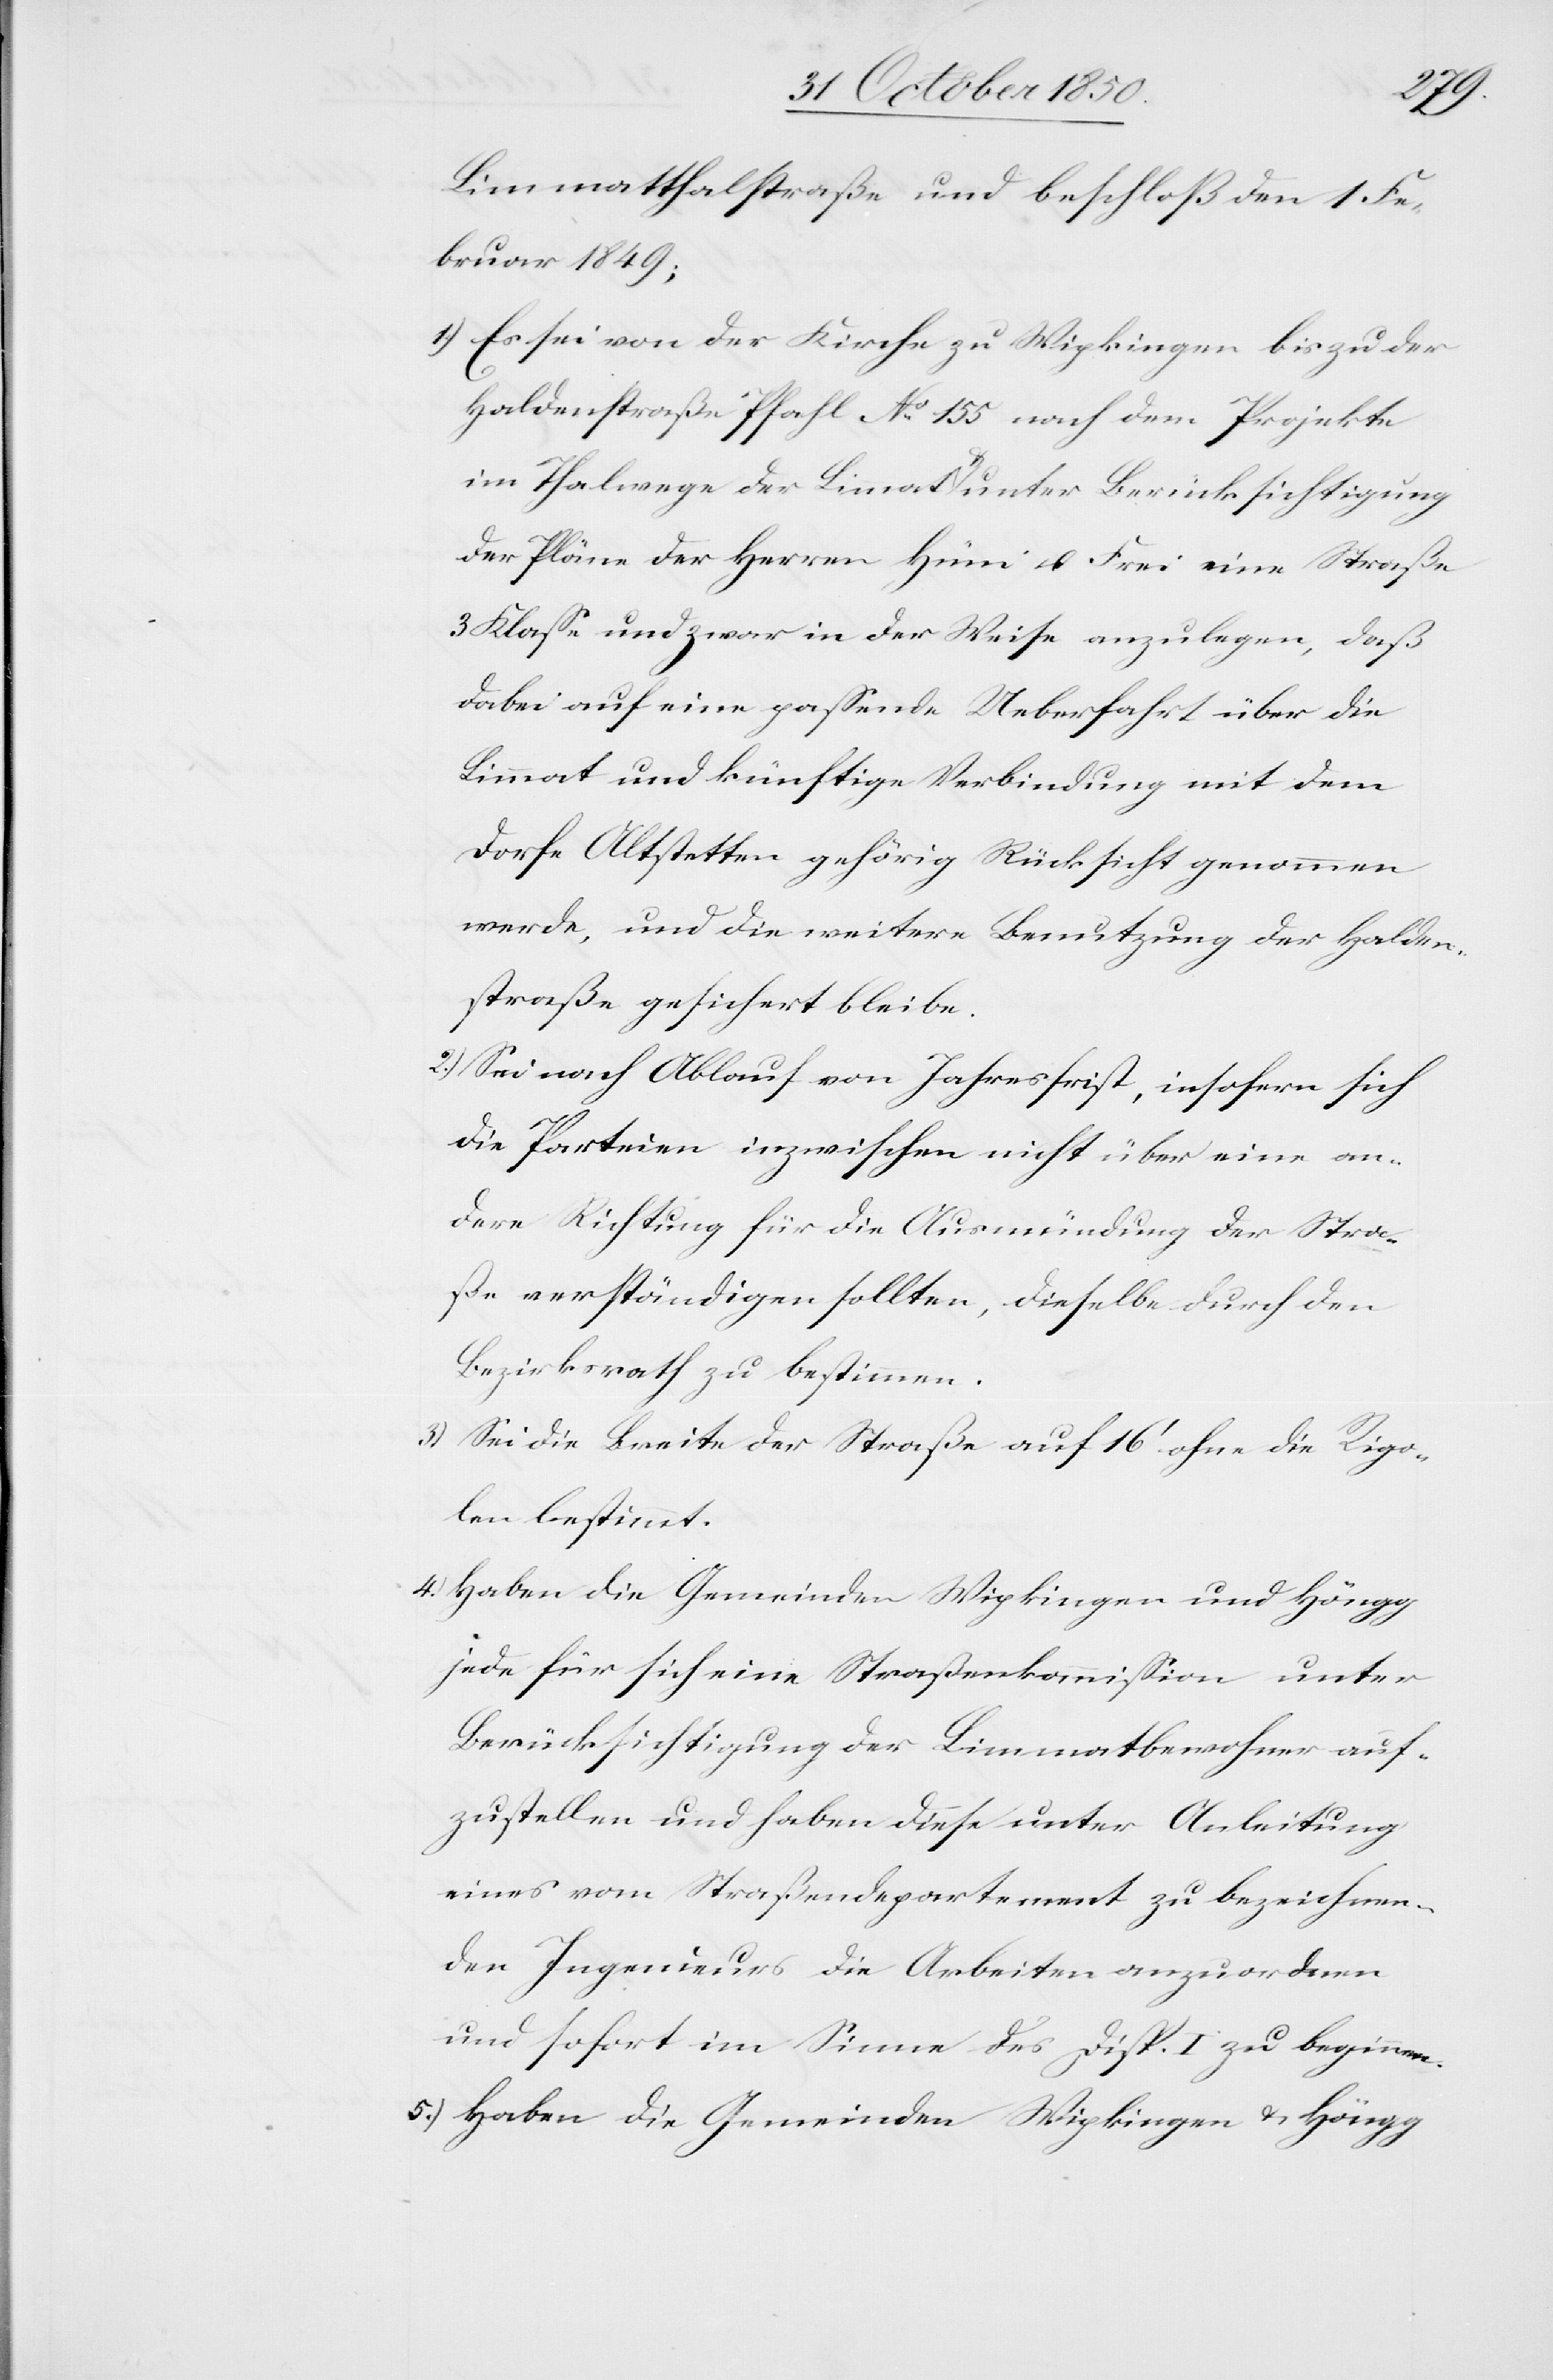
Limmatthalstraße und beschloß den 1 Fe¬
bruar 1849;
1) Es sei von der Kirche zu Wipkingen bis zu der
Haldenstraße Pfahl No 155 nach dem Projekte
im Thalwege der Limmat & unter Berücksichtigung
der Pläne der Herren Hüni u. Frei eine Straße
3 Klasse und zwar in der Weise anzulegen, daß
dabei auf eine passende Ueberfahrt über die
Limmat und künftige Verbindung mit dem
Dorfe Altstetten gehörig Rücksicht genommen
werde, und die weitere Benutzung der Halden¬
straße gesichert bleibe.
2.) Sei nach Ablauf von Jahresfrist, insofern sich
die Parteien inzwischen nicht über eine an¬
dere Richtung für die Ausmündung der Stra¬
sse verständigen sollten, dieselbe durch den
Bezirksrath zu bestimmen.
3) Sei die Breite der Straße auf 16‘ ohne die Rigo¬
len bestimmt.
4.) Haben die Gemeinden Wipkingen und Höngg
jede für sich eine Strassenkommission unter
Berücksichtigung der Limmatbewohner auf¬
zustellen und haben diese unter Anleitung
eines vom Straßendepartement zu bezeichnen¬
den Ingenieurs die Arbeiten anzuordnen
und sofort im Sinne des Disp. I zu beginnen.
5.) Haben die Gemeinden Wipkingen & Höngg